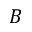
B